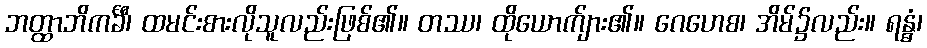
ဘတ္ထာဘိကင်္ခီ၊ ထမင်းစားလိုသူလည်းဖြစ်၏။ တဿ၊ ထိုယောက်ျား၏။ ဂေဟေစ၊ အိမ်၌လည်း။ ရန္ဓံ၊